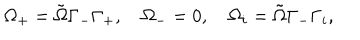
\Omega _ { + } = \tilde { \Omega } \Gamma _ { - } \Gamma _ { + } , \quad \Omega _ { - } = 0 , \quad \Omega _ { i } = \tilde { \Omega } \Gamma _ { - } \Gamma _ { i } ,